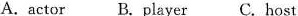
A. actor B. Player C. Host